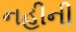
નહીની